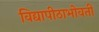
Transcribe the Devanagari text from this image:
विद्यापीठाभोवती